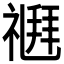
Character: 𥛉